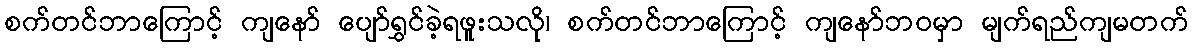
စက်တင်ဘာကြောင့် ကျနော် ပျော်ရွှင်ခဲ့ရဖူးသလို၊ စက်တင်ဘာကြောင့် ကျနော်ဘဝမှာ မျက်ရည်ကျမတက်